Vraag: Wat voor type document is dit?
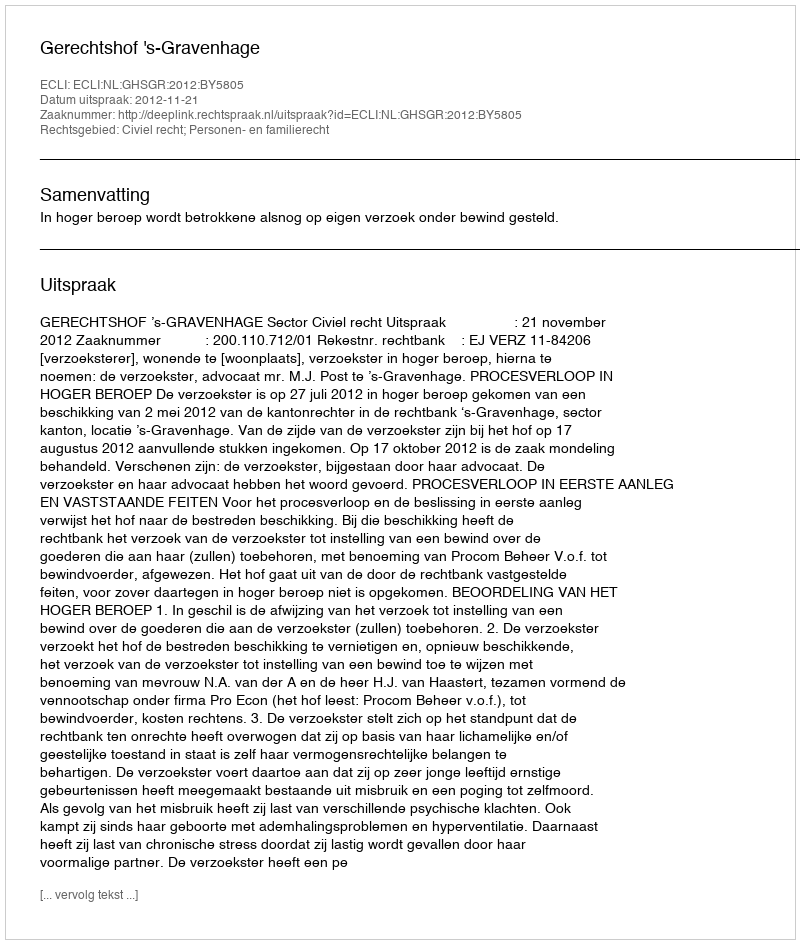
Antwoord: Uitspraak